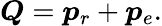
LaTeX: \boldsymbol{Q}=\boldsymbol{p}_{r}+\boldsymbol{p}_{e}.